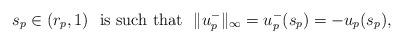
LaTeX: \begin{align*}s_p\in (r_p,1)\ \mbox{ is such that }\ \|u_p^-\|_{\infty}=u_p^-(s_p)=-u_p(s_p),\end{align*}